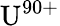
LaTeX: \mathrm{U}^{90+}